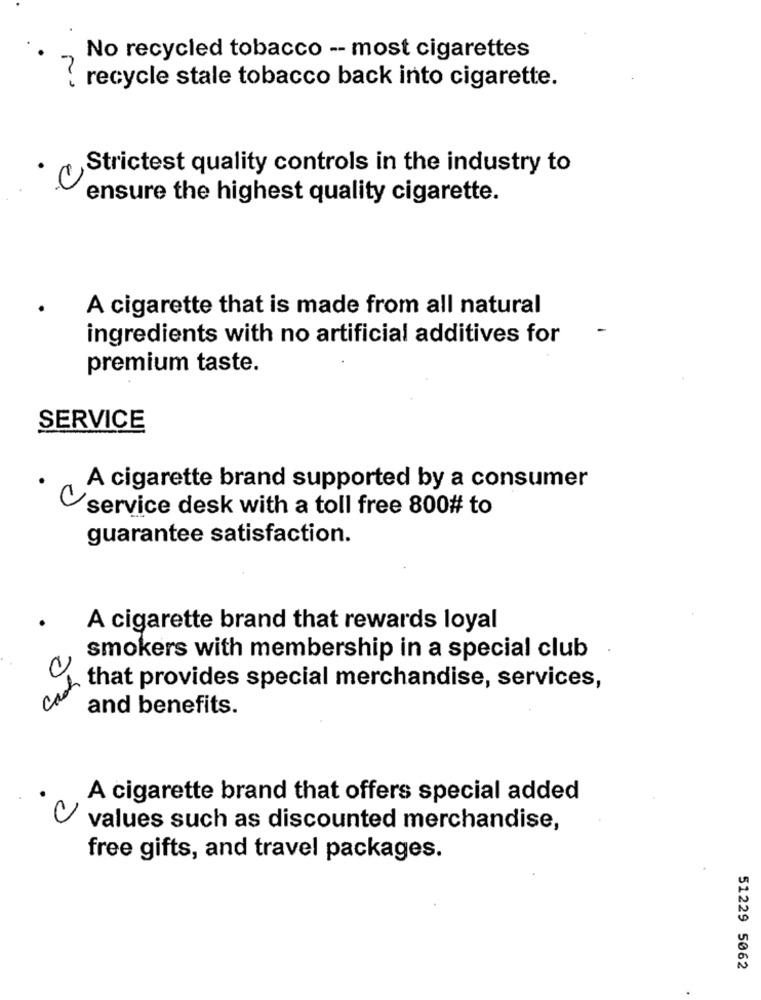
No recycled tobacco -- most cigarettes
( recycle stale tobacco back into cigarette.
Strictest quality controls in the industry to
ensure the highest quality cigarette.
A cigarette that is made from all natural
ingredients with no artificial additives for
premium taste.
SERVICE
A cigarette brand supported by a consumer
service desk with a toll free 800# to
guarantee satisfaction.
A cigarette brand that rewards loyal
0
smokers with membership in a special club
cash
that provides special merchandise, services,
and benefits.
A cigarette brand that offers special added
values such as discounted merchandise,
free gifts, and travel packages.
51229 5062